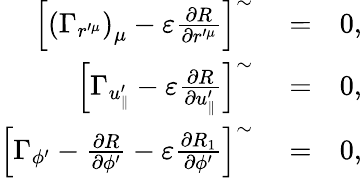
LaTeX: \begin{array}{rlr}{\left[\left(\Gamma_{r^{\prime\mu}}\right)_{\mu}-\varepsilon\frac{\partial R}{\partial r^{\prime\mu}}\right]^{\sim}}&{{}=}&{0,}\\ {\left[\Gamma_{u_{\parallel}^{\prime}}-\varepsilon\frac{\partial R}{\partial u_{\parallel}^{\prime}}\right]^{\sim}}&{{}=}&{0,}\\ {\left[\Gamma_{\phi^{\prime}}-\frac{\partial R}{\partial\phi^{\prime}}-\varepsilon\frac{\partial R_{1}}{\partial\phi^{\prime}}\right]^{\sim}}&{{}=}&{0,}\end{array}